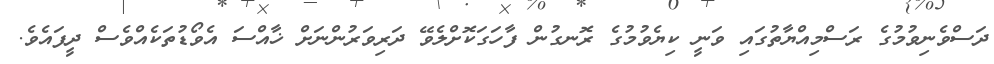
ދަސްވެނިވުމުގެ ރަސްމިއްޔާތުގައި ވަނީ ކިޔެވުމުގެ ރޮނގުން ފާހަގަކޮށްލެވޭ ދަރިވަރުންނަށް ޚާއްސަ އެވޯޑުތަކެއްވެސް ދީފައެވެ.